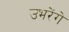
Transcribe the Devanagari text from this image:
उभरेंगे